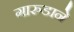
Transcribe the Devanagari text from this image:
गारुडाने